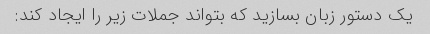
یک دستور زبان بسازید که بتواند جملات زیر را ایجاد کند: